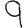
Digit: 9